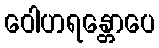
ဝေါဟရန္တောပေ